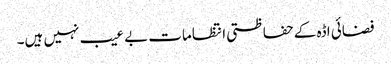
فضائی اڈہ کے حفاظتی انتظامات بے عیب نہیں ہیں۔